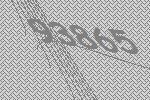
93865